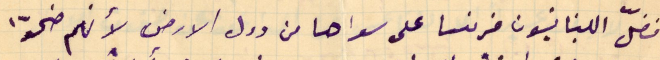
فضلّ اللبنانيون فرنسا على سواها من دول الارض لأنهم ضحوّا